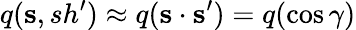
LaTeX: q({\mathbf s},sh^{\prime})\approx q({\mathbf s}\cdot{\mathbf s}^{\prime})=q(\cos\gamma)